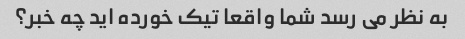
به نظر می رسد شما واقعا تیک خورده اید چه خبر؟